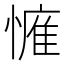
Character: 𢟴